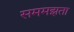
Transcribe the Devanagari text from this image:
सममझता